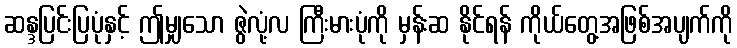
ဆန္ဒပြင်းပြပုံနှင့် ဤမျှသော ဇွဲလုံ့လ ကြီးမားပုံကို မှန်းဆ နိုင်ရန် ကိုယ်တွေ့အဖြစ်အပျက်ကို